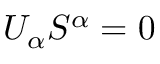
U _ { \alpha } S ^ { \alpha } = 0